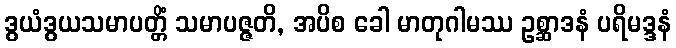
ဒွယံဒွယသမာပတ္တိံ သမာပဇ္ဇတိ, အပိစ ခေါ မာတုဂါမဿ ဥစ္ဆာဒနံ ပရိမဒ္ဒနံ